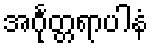
အင်္ဂုတ္တရာပါနံ